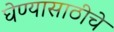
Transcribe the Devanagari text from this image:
घेण्यासाठीचे